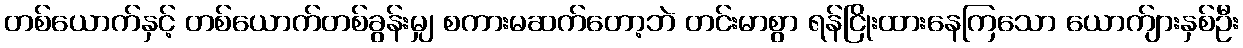
တစ်ယောက်နှင့် တစ်ယောက်တစ်ခွန်းမျှ စကားမဆက်တော့ဘဲ တင်းမာစွာ ရန်ငြိုးထားနေကြသော ယောက်ျားနှစ်ဦး